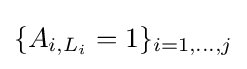
\{A_{i,L_{i}}=1\}_{i=1,\dots ,j}